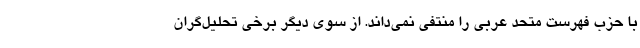
با حزب فهرست متحد عربی را منتفی نمی‌داند. از سوی دیگر برخی تحلیل‌گران